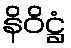
နိဝိဋ္ဌံ